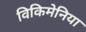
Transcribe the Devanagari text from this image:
विकिमेनिया